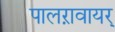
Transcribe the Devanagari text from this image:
पालऱावायर्